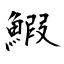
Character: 鰕